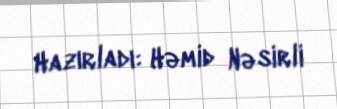
Hazırladı: Həmid Nəsirli